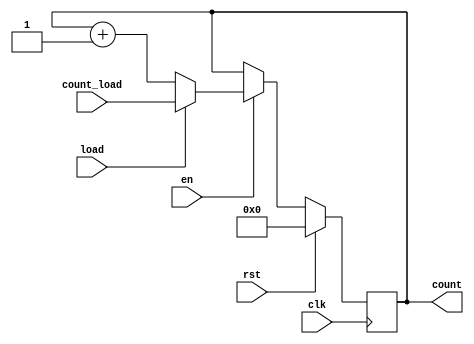
`timescale 1ns / 1ps

module count_reg #(parameter D_WIDTH = 8)
                  (input[D_WIDTH-1:0] count_load,
                   input en,
                   input load,
                   input rst,
                   input clk,
                   output reg[D_WIDTH-1:0] count);
                        
always@(posedge clk) begin
    if (rst) begin
        count <= 0;
    end
    else begin
        if (en) begin
            if (load) begin
                count <= count_load;
            end
            else begin
                count <= count + 1;
            end
         end
    end
end


endmodule

module count_regp #(parameter D_WIDTH = 8)
                  (input[D_WIDTH-1:0] count_load,
                   input en,
                   input load,
                   input rst,
                   input clk,
                   output reg[D_WIDTH-1:0] count);
                        
always@(posedge clk) begin
    if (rst) begin
        count <= 0;
    end
    else begin
        if (en) //if enable signal is high, then the counter counts. 
        begin
                count <= count + 1;
        end
        if (load) 
        begin
                count <= count_load; //if load is high, the counter loads the value in "count_load"
        end
    end
end


endmodule